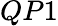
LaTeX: QP1